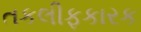
તકલીફકારક